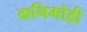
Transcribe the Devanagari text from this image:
कनिमोड़ी